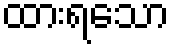
ထားရသော